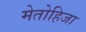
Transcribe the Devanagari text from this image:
मेतोहिजा